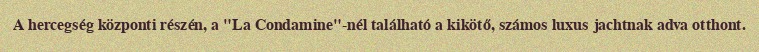
A hercegség központi részén, a "La Condamine"-nél található a kikötő, számos luxus jachtnak adva otthont.